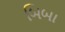
બિબા